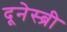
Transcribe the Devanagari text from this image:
दूनेस्ब्री